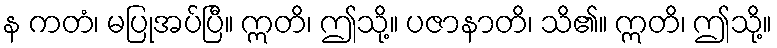
န ကတံ၊ မပြုအပ်ပြီ။ ဣတိ၊ ဤသို့။ ပဇာနာတိ၊ သိ၏။ ဣတိ၊ ဤသို့။